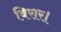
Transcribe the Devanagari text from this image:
विरार।